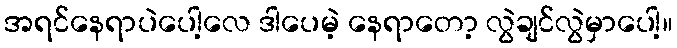
အရင်နေရာပဲပေါ့လေ ဒါပေမဲ့ နေရာတော့ လွဲချင်လွဲမှာပေါ့။